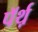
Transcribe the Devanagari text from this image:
पॅर्थ़